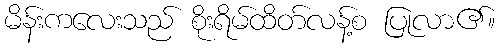
မိန်းကလေးသည် စိုးရိမ်ထိတ်လန့်စ ပြုလာ၏။